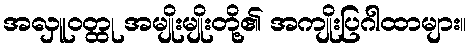
အလှူဝတ္ထု အမျိုးမျိုးတို့၏ အကျိုးပြဂါထာများ။